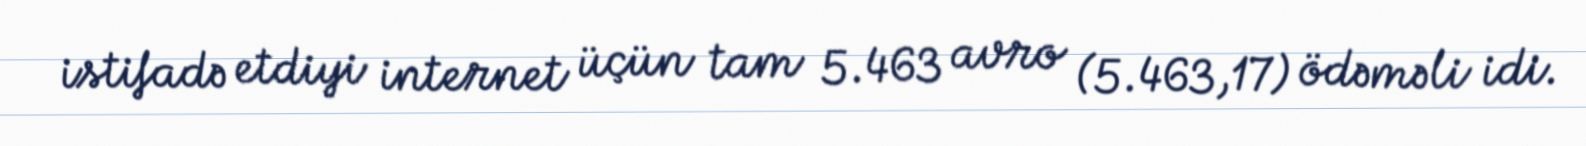
istifadə etdiyi internet üçün tam 5.463 avro (5.463,17) ödəməli idi.